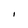
Character: I